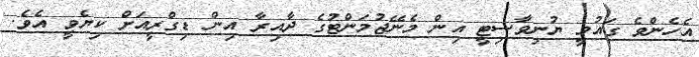
އެހެންވެ ގައުމީ ޔުނިވާސިޓީ އިން މެނޭޖުމަންޓުގެ ދާއިރާ އިން ޑިގްރީއަށް ކިޔެވީ އެވެ.